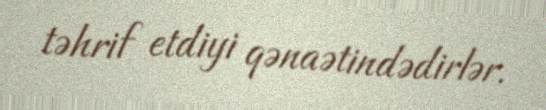
təhrif etdiyi qənaətindədirlər.